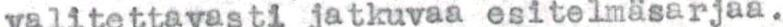
valitettavasti jatkuvaa esitelmäsarjaa.